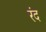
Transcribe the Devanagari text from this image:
रंद